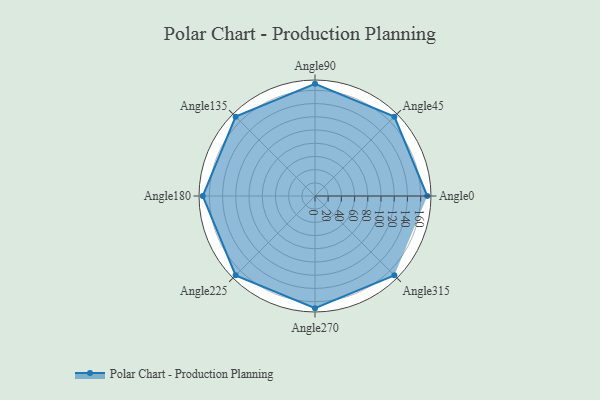
{"axis": {"x": "Angle", "y": "Radius"}, "legend": [""], "data": [{"x": "Angle0", "y": 170, "type": ""}, {"x": "Angle45", "y": 170, "type": ""}, {"x": "Angle90", "y": 170, "type": ""}, {"x": "Angle135", "y": 170, "type": ""}, {"x": "Angle180", "y": 170, "type": ""}, {"x": "Angle225", "y": 170, "type": ""}, {"x": "Angle270", "y": 170, "type": ""}, {"x": "Angle315", "y": 170, "type": ""}]}